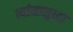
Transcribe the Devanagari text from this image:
त्यांनासुध्दा